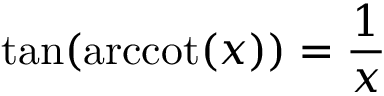
\tan ( \operatorname { a r c c o t } ( x ) ) = { \frac { 1 } { x } }